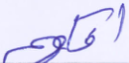
إفكهم